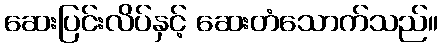
ဆေးပြင်းလိပ်နှင့် ဆေးတံသောက်သည်။